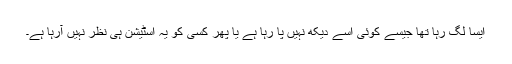
ایسا لگ رہا تھا جیسے کوئی اسے دیکھ نہیں پا رہا ہے یا پھر کسی کو یہ اسٹیشن ہی نظر نہیں آرہا ہے۔